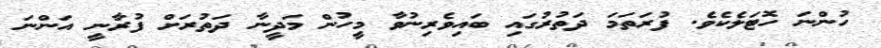
ހުންނަ ހޮޓަލެކެވެ. ފުރަތަމަ ދަތުރުގައި ބައިވެރިނުވާ މީހުން މަދީނާ ދަތުރަށް ފުރާނީ އަންނަ